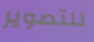
للتصوير